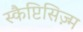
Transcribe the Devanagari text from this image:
स्कैप्टिसिज़्म